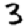
Digit: 3